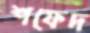
শফেদ